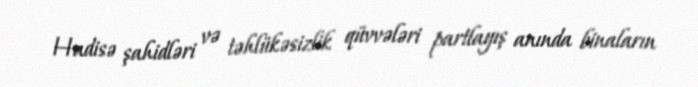
Hadisə şahidləri və təhlükəsizlik qüvvələri partlayış anında binaların